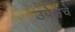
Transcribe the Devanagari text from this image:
उपेक्षेचे